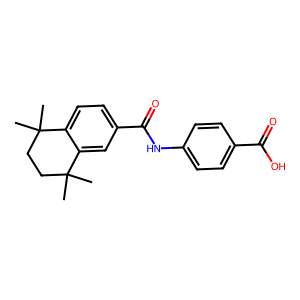
SMILES: CC1(C)CCC(C)(C)c2cc(C(=O)Nc3ccc(C(=O)O)cc3)ccc21
Inhibits HIV replication: No